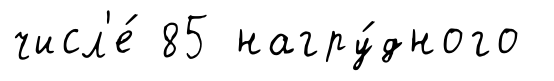
числ'е́ 85 нагру́дного